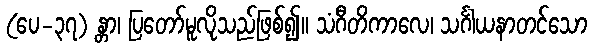
(ပေ-၃၇) န္တာ၊ ပြတော်မူလိုသည်ဖြစ်၍။ သံဂီတိကာလေ၊ သင်္ဂါယနာတင်သော